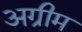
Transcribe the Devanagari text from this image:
अग्रीम